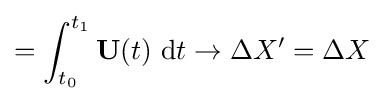
=\int _{t_{0}}^{t_{1}}\mathbf {U} (t)~\mathrm {d} t\rightarrow \Delta X'=\Delta X